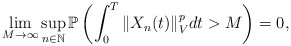
\begin{align*}\lim_{M\rightarrow\infty}\sup_{n\in\mathbb{N}}\mathbb{P}\left( \int_0^T \Vert X_n(t) \Vert_V^p dt > M \right) = 0 ,\end{align*}